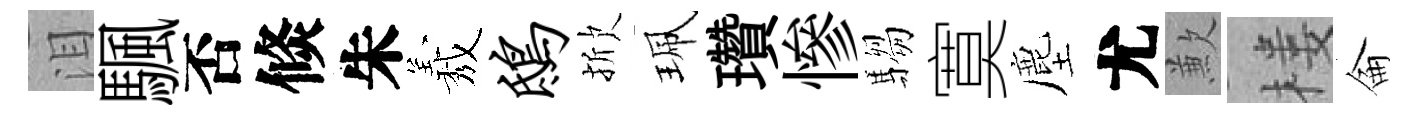
泪颿否倐朱𦏁鸱掀珮瓚慘騶寞塵尤歉楼侖